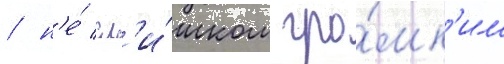
/ н'е́ сл'и́шком гро́мк'им